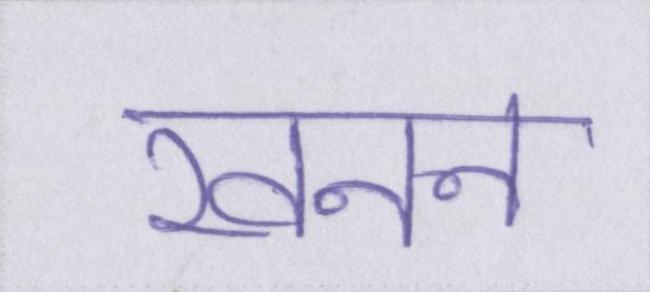
खनन